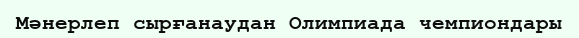
Мәнерлеп сырғанаудан Олимпиада чемпиондары